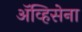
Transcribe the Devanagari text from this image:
ॲव्हिसेना